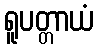
ရူပတ္တာယံ